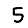
Digit: 5